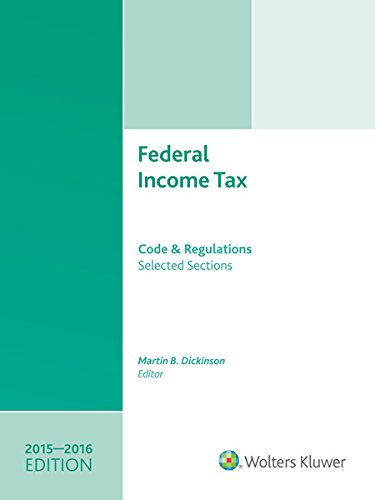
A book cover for Federal Income Tax: Code and Regulations--Selected Sections (2015-2016) w/CD; Martin B. Dickinson; Business & Money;